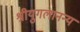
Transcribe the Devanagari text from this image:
श्रीयुगलानन्य